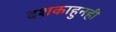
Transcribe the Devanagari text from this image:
दशकाहुनही